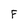
Character: F